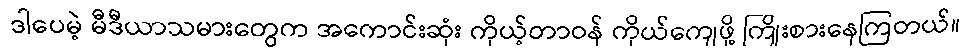
ဒါပေမဲ့ မီဒီယာသမားတွေက အကောင်းဆုံး ကိုယ့်တာဝန် ကိုယ်ကျေဖို့ ကြိုးစားနေကြတယ်။